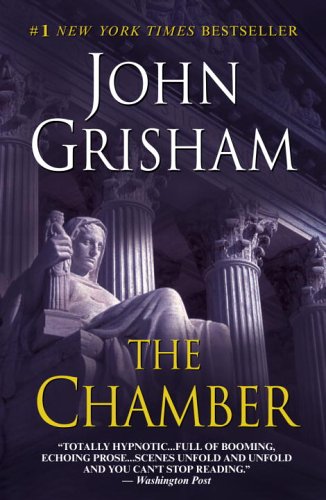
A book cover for The Chamber; John Grisham; Mystery, Thriller & Suspense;